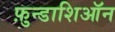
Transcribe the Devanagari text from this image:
फ़ुन्डाशिऑन